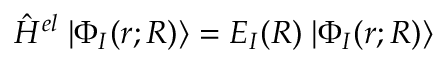
\hat { H } ^ { e l } \; | \Phi _ { I } ( r ; R ) \rangle = E _ { I } ( R ) \; | \Phi _ { I } ( r ; R ) \rangle